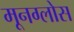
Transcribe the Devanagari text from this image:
मूनग्लोस